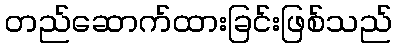
တည်ဆောက်ထားခြင်းဖြစ်သည်